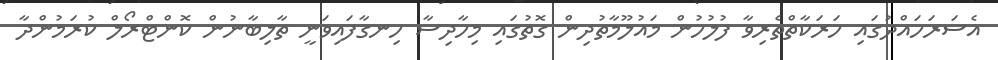
އެސަރަހައްދުގައި ހަރަކާތްތެރިވާ ފުލުހުން މައުލޫމާތުދިން ގޮތުގައި މިހާދިސާ ހިނގާފައިވަނީ ތާލިބާނުން ކޮންޓްރޯލް ކުރަމުންދާ